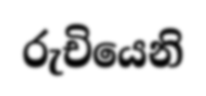
රුචියෙනි